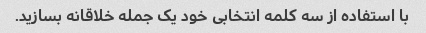
با استفاده از سه کلمه انتخابی خود یک جمله خلاقانه بسازید.